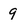
Character: 9